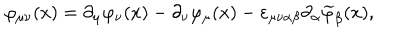
\varphi _ { \mu \nu } ( x ) = \partial _ { \mu } \varphi _ { \nu } ( x ) - \partial _ { \nu } \varphi _ { \mu } ( x ) - \varepsilon _ { \mu \nu \alpha \beta } \partial _ { \alpha } \widetilde { \varphi } _ { \beta } ( x ) ,